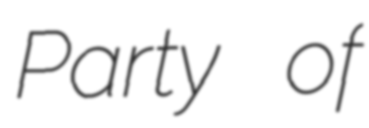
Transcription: Party of